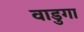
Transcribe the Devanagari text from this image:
वाडुगा